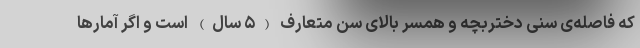
که فاصله‌ی سنی دختربچه و همسر بالای سن متعارف (۵ سال) است و اگر آمارها